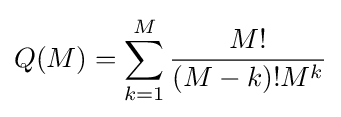
Q(M)=\sum _{k=1}^{M}{\frac {M!}{(M-k)!M^{k}}}